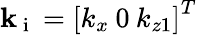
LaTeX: \mathbf{k}_{\mathrm{~i~}}=\left[k_{x}\: 0\: k_{z1}\right]^{T}